Vital statistics of India. Vol. VI, European troops 1870-79
Year: 1870
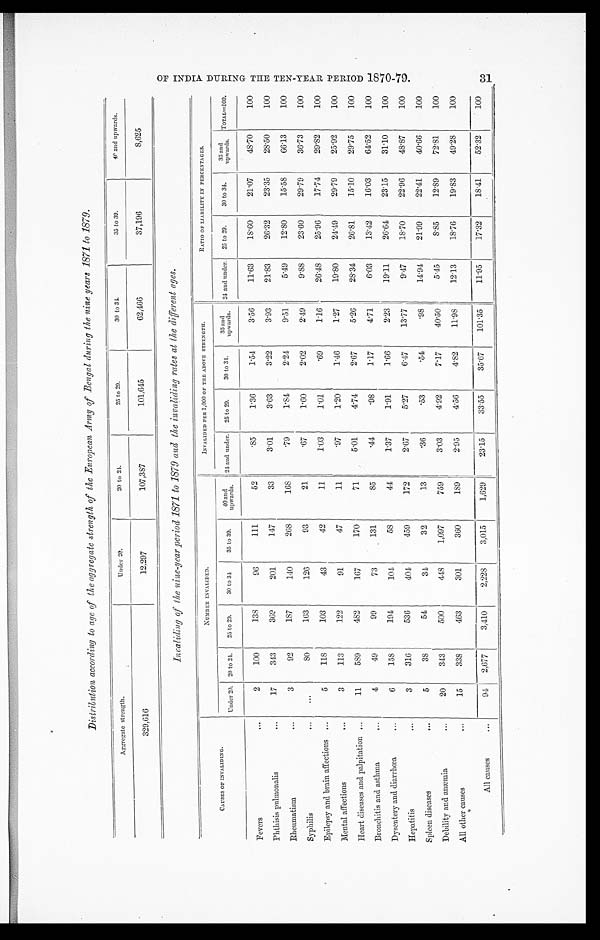
Distribution according to age of the aggregate strength of the European Army of Bengal during the nine years 1871 to 1879.
Aggregate strength.
U n d e r 2 0 .
20 to 24.
25 to 20.
3 0 t o 3 4 .
35 to 39.40 and upwards.
329,616
12,297
107,387
101,645
62,466
37,196
8,625
I n v a l i d i n g o f t h e n i n e - y e a r p e r i o d 1 8 7 1 t o 1 8 7 9 a n d t h e i n v a l i d i n g r a t e s a t t h e d i f f e r e n t a g e s .
CAUSES OF INVALIDING.
NUMBER INVALIDED.
INVALIDED PER 1, 000 OF THE ABOVE STRENGTH.
RATIO OF LIABILITY IN PERCENTAGES.
Under 20. 20 to 24. 25 to 29.
30 t o 34
35 to 39. 40 and upwar ds. 24 and under. 25 to 29.
30 to 34.
35 a nd upwa r ds . 24 and under. 25 to 29. 30 to 34.
3 5 a n d u p w a r d s . TOTAL=100.
Fevers
2
100
138
96
111
52
.85
1.36
1.54
3.56
11.63
18.60
21.07
48.70
100
Phthisis pulmonalis
17
343
369
201
147
33
3.01
3.63
3.22
3.93
21.83
26.32
23.35
28.50
100
Rheumatism
3
92
187
140
268
168
.79
1.84
2.24
9.51
5.49
12.80
15.58
66.13
100
Syphilis
8 0
163
126
93
21
.67
1.60
2.02
2.49
9.88
23.60
29.79
36.73
100
Epilepsy and brain affections
5
118
103
43
42
11
1.03
1.01
.69
1.16
26.48
25.96
17.74
29.82
100
Mental affections
3
113
122
91
47
11
.97
1.20
1.46
1.27
19.80
24.49
29.79
25.92
100
Heart diseases and palpitation
11
589
482
167
170
71
5.01
4.74
2.67
5.26
28.34
26.81
15.10
29.75
100
Bronchitis and asthma
4
49
99
73
131
85
.44
. 9 8
1.17
4.71
6.03
13.42
16.03
64.52
100
Dysentery and diarrhœa
6
158
194
104
58
44
1.37
1.91
1.66
2.23
19.11
26.64
23.15
31.10
100
Hepatitis
3
316
536
404
459
172
2.67
5.27
6.47
13.77
9.47
18.70 22.96
48.87
100
Spleen diseases
5
38
54
34
32
13
.36
.53
.54
.98
14.94
21.99
22.41
40.66
100
Debility and anæmia
20
343
500
448
1,097
759
3.03
4.92
7.17
40.50
5.45
8 . 8 5
12.89
72.81
100
All other causes
15
338
463
301
360
189
2.95
4.56
4.82
11.98
12.13
18.76
19.83
49.28
100
All causes
94 2,677
3,410
2,228
3,015
1,629
23.15
33.55
35.67
101.35
11.95
17.32
18.41
52.32
100
31